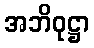
အဘိဝုဋ္ဌာ